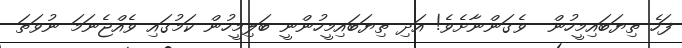
ފަހެ ތިޔަބައިމީހުން  ވެގަންނާށެވެ! އަދި ތިޔަބައިމީހުންނީ ބަލިމީހުން ކަމުގައި ވެއްޖެނަމަ ނުވަތަ